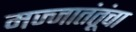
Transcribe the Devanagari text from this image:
मज्जातंतूंचा